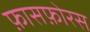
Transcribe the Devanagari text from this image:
फ़ासफ़ोरस